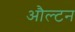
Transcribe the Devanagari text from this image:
औल्टन